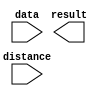
module zxw_shift (
	data,
	distance,
	result);

	input	[15:0]  data;
	input	[3:0]  distance;
	output	[15:0]  result;

endmodule